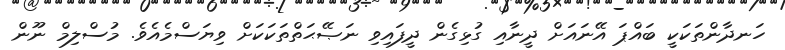
ހަނދާންތަކަކީ ބައްޕަ އޭނައަށް ދީނާއި ގުޅިގެން ދީފައިވި ނަޞޭޙަތްތަކަކަށް ވިޔަސްމެއެވެ. މުސްލިމް ނޫން